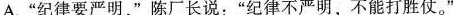
A.”纪律要严明，”陈厂长说：”纪律不严明，不能打胜仗。”